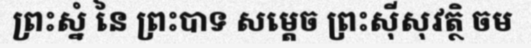
ព្រះស្នំ នៃ ព្រះបាទ សម្តេច ព្រះស៊ីសុវត្ថិ ចម